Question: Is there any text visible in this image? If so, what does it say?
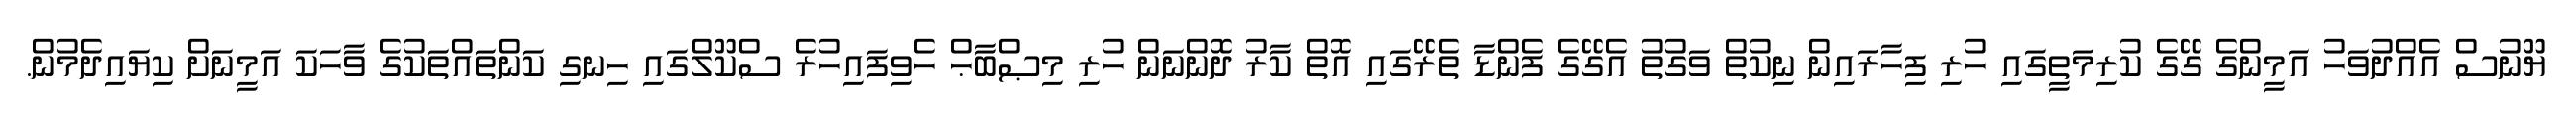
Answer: ޔޫނުސް އެއްދުވަހު އަމީންގެ ގޭގެ ކުރިމަތީގައި ހުރި ފިހާރައިން ނިކުތް ވަގުތު އެގޭގެ ފެންޑާ ތެރޭގައި އޮތް ކާރު ދޮންނަން ހުރި މިޞްބާޙް ހެވިފައިހުރެ ސްކޫލްގައި ހިނގި ކަންތައްތަކުގެ ވާހަކަ އަމީނަށް ކިޔައިދެމުން.